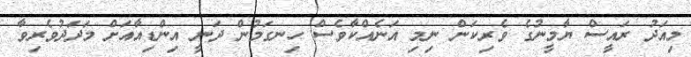
މިއަދު ރައީސް ޔާމީނުގެ ވެރިކަން ނިމި އަނެއްކާވެސް ހިނގަމުން ދަނީ އިންޑިއާއަށް މަދަދުވެރިވާ